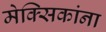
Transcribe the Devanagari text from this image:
मेक्सिकांना